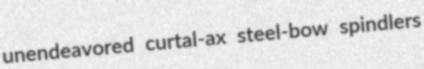
unendeavored curtal-ax steel-bow spindlers